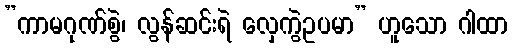
”ကာမဂုဏ်စွဲ၊ လွန်ဆင်းရဲ လှေကွဲဥပမာ” ဟူသော ဂါထာ